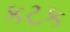
કટક